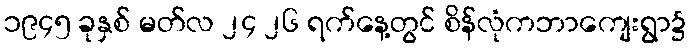
၁၉၄၅ ခုနှစ် မတ်လ ၂၄ ၂၆ ရက်နေ့တွင် စိန်လုံကဘာကျေးရွာ၌